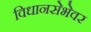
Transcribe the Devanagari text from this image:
विधानसेभेवर